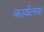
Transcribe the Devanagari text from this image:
कार्यलया